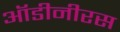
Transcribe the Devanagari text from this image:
ऑडीनीरस